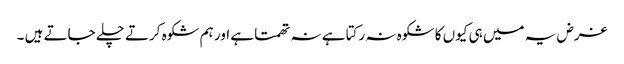
غرض یہ میں ہی کیوں کا شکوہ نہ رکتا ہے نہ تھمتا ہے اور ہم شکوہ کرتے چلے جاتے ہیں ۔